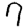
Digit: 9